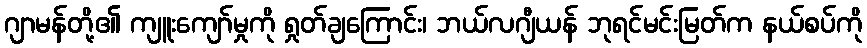
ဂျာမန်တို့၏ ကျူးကျော်မှုကို ရှုတ်ချကြောင်း၊ ဘယ်လဂျီယန် ဘုရင်မင်းမြတ်က နယ်စပ်ကို